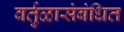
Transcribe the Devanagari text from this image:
वर्तुळासंबंधित